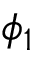
\phi _ { 1 }